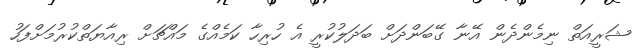
ޝަރީއަތް ނިމެންދެން އޭނާ ގޭބަންދަށް ބަދަލުކުރީ އެ ހުރިހާ ކަމެއްގެ މައްޗަށް ރިއާޔަތްކުރުމަށްފަހު